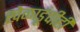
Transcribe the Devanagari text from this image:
खेळाडूंचीही